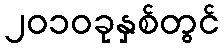
၂၀၁၀ခုနှစ်တွင်